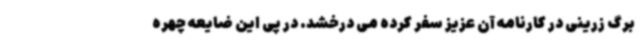
برگ زرینی در کارنامه آن عزیز سفر کرده می درخشد. در پی این ضایعه چهره